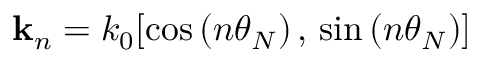
{ \bf k } _ { n } = k _ { 0 } [ \cos \left( n \theta _ { N } \right) , \, \sin \left( n \theta _ { N } \right) ]